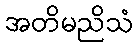
အတိမညိသံ